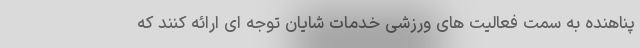
پناهنده به سمت فعالیت های ورزشی خدمات شایان توجه ای ارائه کنند که